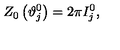
Z _ { 0 } \left( \vartheta _ { j } ^ { 0 } \right) = 2 \pi I _ { j } ^ { 0 } ,